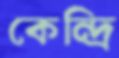
কেন্দ্রি